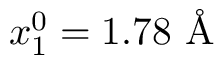
x _ { 1 } ^ { 0 } = 1 . 7 8 \mathrm { ~ \AA ~ }